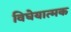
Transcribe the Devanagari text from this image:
विघेयात्मक